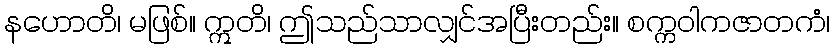
နဟောတိ၊ မဖြစ်။ ဣတိ၊ ဤသည်သာလျှင်အပြီးတည်း။ စက္ကဝါကဇာတကံ၊